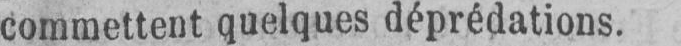
commettent quelques déprédations.